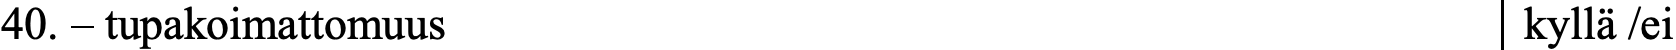
40. – tupakoimattomuus                            kyllä /ei